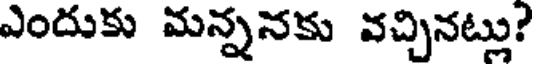
ఎందుకు మన్ననకు వచ్చినట్లు?